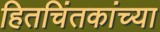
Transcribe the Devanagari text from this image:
हितचिंतकांच्या